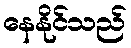
နေနိုင်သည်